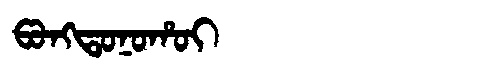
Manchu: ᡦᠣᠩᡨᠣᠨᠣᡥᠣᡳ
Romanization: PONGTONOHOI